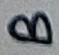
Text: B